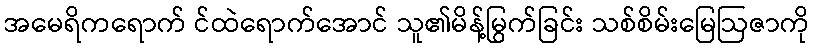
အမေရိကရောက် င်ထဲရောက်အောင် သူ၏မိန့်မြွက်ခြင်း သစ်စိမ်းမြေဩဇာကို